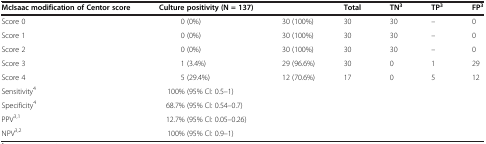
<table><thead><tr><td><b>McIsaac modification of Centor score</b></td><td><b>Culture positivity (N = 137)</b></td><td><b> </b></td><td><b>Total</b></td><td><b>TN<sup>3</sup></b></td><td><b>TP<sup>3</sup></b></td><td><b>FP<sup>3</sup></b></td></tr></thead><tbody><tr><td>Score 0</td><td>0 (0%)</td><td>30 (100%)</td><td>30</td><td>30</td><td>–</td><td>0</td></tr><tr><td>Score 1</td><td>0 (0%)</td><td>30 (100%)</td><td>30</td><td>30</td><td>–</td><td>0</td></tr><tr><td>Score 2</td><td>0 (0%)</td><td>30 (100%)</td><td>30</td><td>30</td><td>–</td><td>0</td></tr><tr><td>Score 3</td><td>1 (3.4%)</td><td>29 (96.6%)</td><td>30</td><td>0</td><td>1</td><td>29</td></tr><tr><td>Score 4</td><td>5 (29.4%)</td><td>12 (70.6%)</td><td>17</td><td>0</td><td>5</td><td>12</td></tr><tr><td>Sensitivity<sup>4</sup></td><td>100% (95% CI: 0.5–1)</td><td> </td><td> </td><td> </td><td> </td><td> </td></tr><tr><td>Specificity<sup>4</sup></td><td>68.7% (95% CI: 0.54–0.7)</td><td> </td><td> </td><td> </td><td> </td><td> </td></tr><tr><td>PPV<sup>3,1</sup></td><td>12.7% (95% CI: 0.05–0.26)</td><td> </td><td> </td><td> </td><td> </td><td> </td></tr><tr><td>NPV<sup>3,2</sup></td><td>100% (95% CI: 0.9–1)</td><td> </td><td> </td><td> </td><td> </td><td> </td></tr></tbody></table>